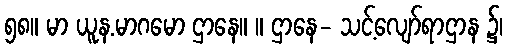
၅၈။ မာ ယူန.မာဂမော ဌာနေ။ ။ ဌာနေ- သင့်လျော်ရာဌာန ၌၊